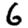
Digit: 6